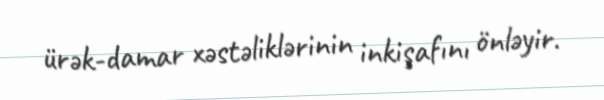
ürək-damar xəstəliklərinin inkişafını önləyir.